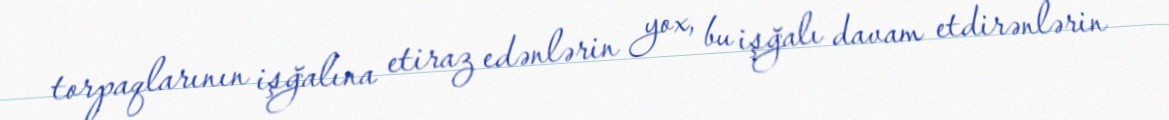
torpaqlarının işğalına etiraz edənlərin yox, bu işğalı davam etdirənlərin